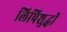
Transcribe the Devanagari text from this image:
लिपिशुद्धी